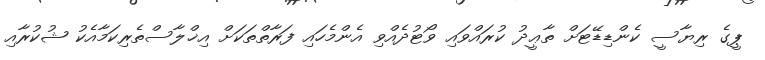
ޕީގެ ރިޔާސީ ކެންޑިޑޭޓަށް ތާޢީދު ކުރައްވައި ވޯޓުދެއްވި އެންމެހައި ފަރާތްތަކަށް އިޚްލާސްތެރިކަމާއެކު ޝުކުރާއި